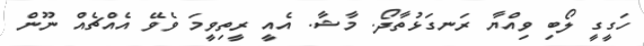
ހަގީގީ ލޯބި ވިއްޔާ ރަނގަޅުތާދޯ. މާޝާ. އެއީ ރީތިވީމަ ވެވޭ އެއްޗެއް ނޫން